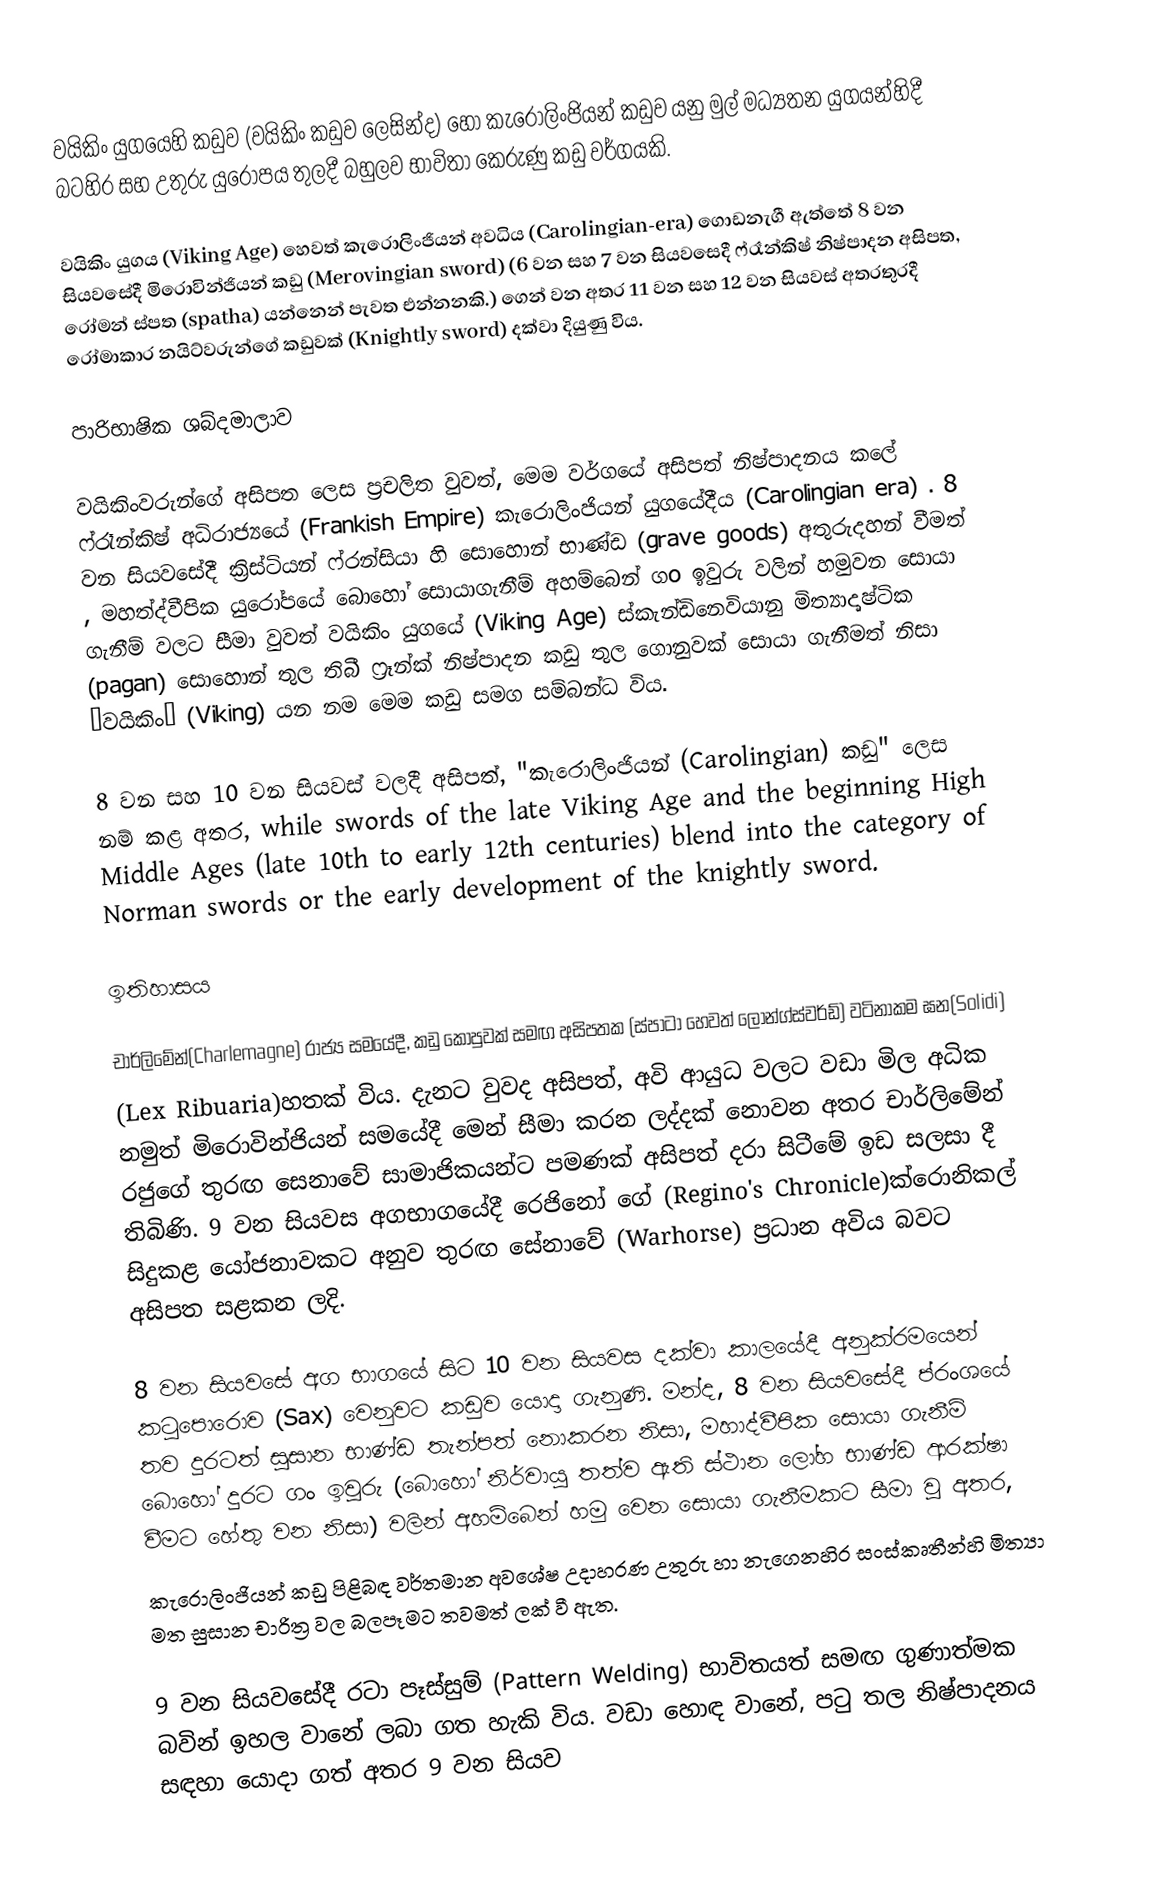
වයිකිං යුගයෙහි කඩුව (වයිකිං කඩුව ලෙසින්ද) හෝ කැරොලිංජියන් කඩුව යනු මුල් මධ්‍යතන යුගයන්හිදී බටහිර සහ උතුරු යුරෝපය තුලදී බහුලව භාවිතා කෙරුණු  කඩු වර්ගයකි.

වයිකිං යුගය (Viking Age) හෙවත් කැරොලිංජියන් අවධිය (Carolingian-era) ගොඩනැගී ඇත්තේ 8 වන සියවසේදී  මිරොවින්ජියන් කඩු (Merovingian sword) (6 වන සහ 7 වන සියවසෙදී ෆ්රෑන්කිෂ් නිෂ්පාදන අසිපත, රෝමන් ස්පත (spatha) යන්නෙන් පැවත එන්නනකි.) ගෙන් වන අතර 11 වන සහ 12 වන සියවස් අතරතුරදී රෝමාකාර නයිට්වරුන්ගේ කඩුවක් (Knightly sword) දක්වා දියුණු විය.

පාරිභාෂික ශබ්දමාලාව

වයිකිංවරුන්ගේ අසිපත ලෙස ප්‍රචලිත වුවත්, මෙම වර්ගයේ අසිපත් නිෂ්පාදනය කලේ ෆ්රෑන්කිෂ් අධිරාජ්‍යයේ (Frankish Empire) කැරොලිංජියන් යුගයේදීය (Carolingian era) . 8 වන සියවසේදී ක්‍රිස්ටියන් ෆ්රන්සියා හි සොහොන් භාණ්ඩ (grave goods) අතුරුදහන් වීමත් , මහත්ද්වීපික යුරෝපයේ බොහෝ සොයාගැනීම් අහම්බෙන් ගo  ඉවුරු වලින් හමුවන සොයා ගැනීම් වලට සීමා වුවත් වයිකිං යුගයේ (Viking Age) ස්කැන්ඩිනෙවියානු මිත්‍යාදෘෂ්ටික (pagan) සොහොන් තුල තිබී ෆ්‍රෑන්ක් නිෂ්පාදන  කඩු තුල ගොනුවක් සොයා ගැනීමත් නිසා “වයිකිං” (Viking) යන නම මෙම කඩු සමග සම්බන්ධ විය.

8 වන සහ 10 වන සියවස් වලදී අසිපත්, "කැරොලිංජියන් (Carolingian) කඩු" ලෙස නම් කළ අතර, while swords of the late Viking Age  and the beginning High Middle Ages (late 10th to early 12th centuries) blend into the category of Norman swords or the early development of the knightly sword.

ඉතිහාසය

චාර්ලිමේන්(Charlemagne) රාජ්‍ය සමයේදී, කඩු කොපුවක් සමඟ අසිපතක (ස්පාටා හෙවත් ලෝන්ග්ස්වර්ඩ්) වටිනාකම ඝන(Solidi)
(Lex Ribuaria)හතක් විය. දැනට වුවද අසිපත්, අවි ආයුධ වලට වඩා මිල අධික නමුත් මිරොවින්ජියන් සමයේදී මෙන් සීමා කරන ලද්දක් නොවන අතර චාර්ලිමේන් රජුගේ තුරඟ සෙනාවේ සාමාජිකයන්ට පමණක් අසිපත් දරා සිටීමේ ඉඩ සලසා දී තිබිණි. 9 වන සියවස අගභාගයේදී රෙජිනෝ ගේ (Regino's Chronicle)ක්රොනිකල් සිදුකළ යෝජනාවකට අනුව තුරඟ සේනාවේ (Warhorse) ප්‍රධාන අවිය බවට අසිපත සළකන ලදි.

8 වන සියවසේ අග භාගයේ සිට 10 වන සියවස දක්වා කාලයේදී අනුක්රමයෙන් කටුපොරොව (Sax) වෙනුවට කඩුව යොදා ගැනුණි. මන්ද, 8 වන සියවසේදී ප්රංශයේ තව දුරටත් සුසාන භාණ්ඩ තැන්පත් නොකරන නිසා, මහාද්වීපික සොයා ගැනීම් බොහෝ දුරට ගං ඉවුරු (බොහෝ නිර්වායු තත්ව ඇති ස්ථාන ලෝහ භාණ්ඩ ආරක්ෂා වීමට හේතු වන නිසා) වලින් අහම්බෙන් හමු වෙන සොයා ගැනීමකට සීමා වූ අතර,
කැරොලිංජියන් කඩු පිළිබඳ වර්තමාන අවශේෂ උදාහරණ උතුරු හා නැගෙනහිර සංස්කෘතීන්හි මිත්‍යා මත සුසාන චාරිත්‍ර වල බලපෑමට තවමත් ලක් වී ඇත.

9 වන සියවසේදී රටා පෑස්සුම් (Pattern Welding) භාවිතයත් සමඟ ගුණාත්මක බවින් ඉහල වානේ ලබා ගත හැකි විය. වඩා හොඳ වානේ, පටු තල නිෂ්පාදනය සඳහා යොදා ගත් අතර 9 වන සියව